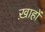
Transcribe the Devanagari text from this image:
ख़ाहों